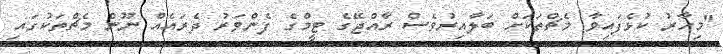
"މިހާރު ކުޅެފައިވާ މެޗްތަކަށް ބަލާއިރުވެސް ރާއްޖޭގެ ޓީމްގެ ފެންވަރު ދެރައެއް ނޫން މެޗްތަކުގައި